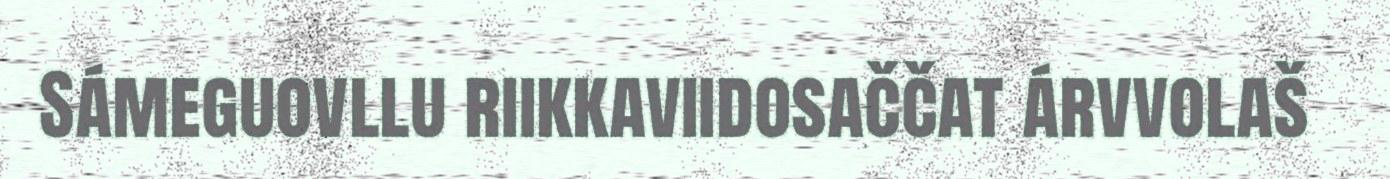
Sámeguovllu riikkaviidosaččat árvvolaš